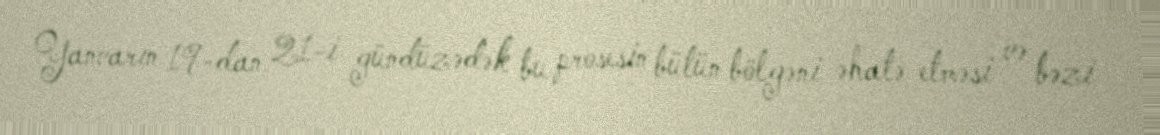
Yanvarın 19-dan 21-i gündüzədək bu prosesin bütün bölgəni əhatə etməsi və bəzi